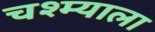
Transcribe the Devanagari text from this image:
चश्म्याला